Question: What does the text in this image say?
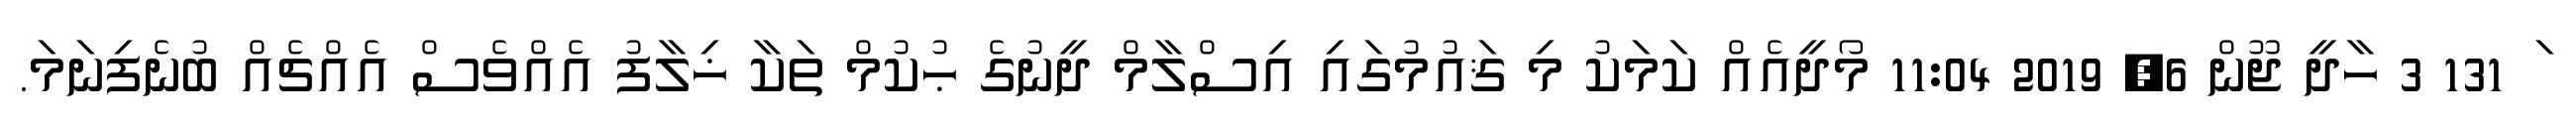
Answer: ަ 131 3 ހާދީ ޖޫން 6, 2019 11:04 މޯދީއެއް ކަމަކު މި ޤައުމުގައި އިސްލާމް ދީނުގެ ޙުކުމް ތަކާ ޚިލާފު އެއްވެސް އެއްޗެއް ބުނެފިނަމަ.